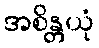
အစိန္တယုံ